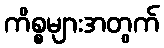
ကိစ္စများအတွက်